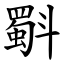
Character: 斣